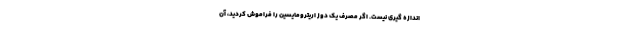
اندازه گیری نیست. اگر مصرف یک دوز اریترومایسین را فراموش کردید، آن